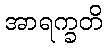
အာရက္ခတိ